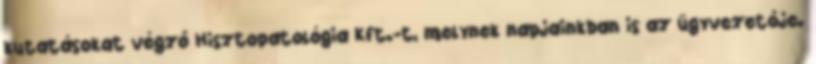
kutatásokat végzô Hisztopatológia Kft.-t, melynek napjainkban is az ügyvezetôje.